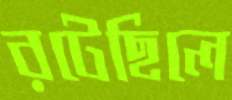
রটেছিলে